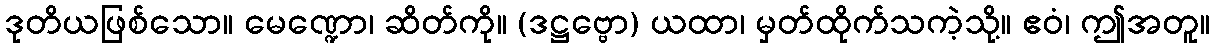
ဒုတိယဖြစ်သော။ မေဏ္ဍော၊ ဆိတ်ကို။ (ဒဋ္ဌဗ္ဗော) ယထာ၊ မှတ်ထိုက်သကဲ့သို့။ ဧဝံ၊ ဤအတူ။